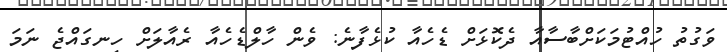
ވަގުތު ހުއްޓުމަކަށްބާސާއާ ދެކޮޅަށް ޑެހެއާ ކުޅެފާނެ: ވެން ހާލްޑެހެއާ ރެއާލަށް ހިނގައްޖެ ނަމަ